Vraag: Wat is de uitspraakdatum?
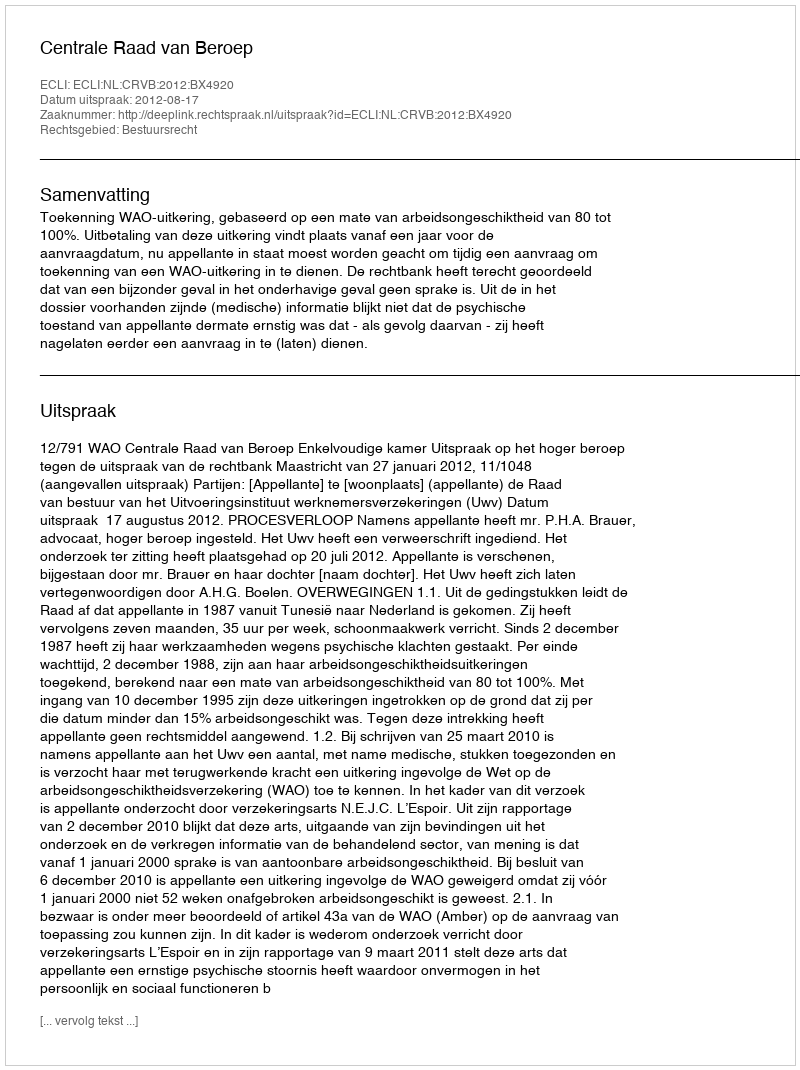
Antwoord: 2012-08-17